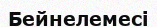
Бейнелемесі